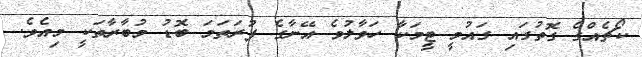
ކޯޗެއްގެ ގޮތުގައި ގައުމީ ޓީމަކާ ހަވާލުވެ އޭނާގެ ފުރަތަމަ ބޮޑު މުބާރާތަކީ މިއެވެ.